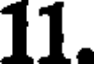
11.